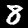
Label: 8